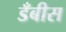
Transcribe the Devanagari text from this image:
डँबीस